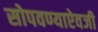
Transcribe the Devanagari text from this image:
सोपवण्याऐवजी